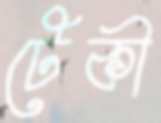
টেকী